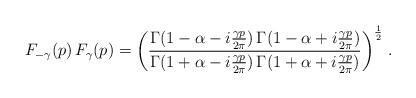
LaTeX: \begin{align*}F_{-\gamma}(p)\,F_{\gamma}(p)=\left(\frac{\Gamma(1-\alpha-i\frac{\gamma p}{2\pi})\,\Gamma(1-\alpha+i\frac{\gamma p}{2\pi})}{\Gamma(1+\alpha-i\frac{\gamma p}{2\pi})\,\Gamma(1+\alpha+i\frac{\gamma p}{2\pi})}\right)^\frac{1}{2}\,.\end{align*}